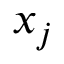
x _ { j }